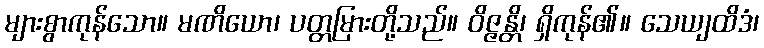
များစွာကုန်သော။ မဏိယော၊ ပတ္တမြားတို့သည်။ ဝိဇ္ဇန္တိ၊ ရှိကုန်၏။ သေယျထိဒံ၊